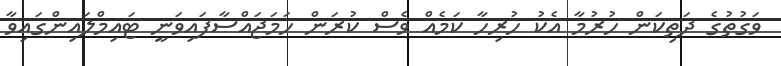
ވަގުތުގެ ދަތިކަން ހުރުމާ އެކު ހުރިހާ ކަމެއް ވެސް ކުރަން ހަމަޖައްސާފައިވަނީ ޓައިމްލައިންގައިވާ